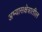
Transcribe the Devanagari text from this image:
अभ्यासक्षेत्रातील